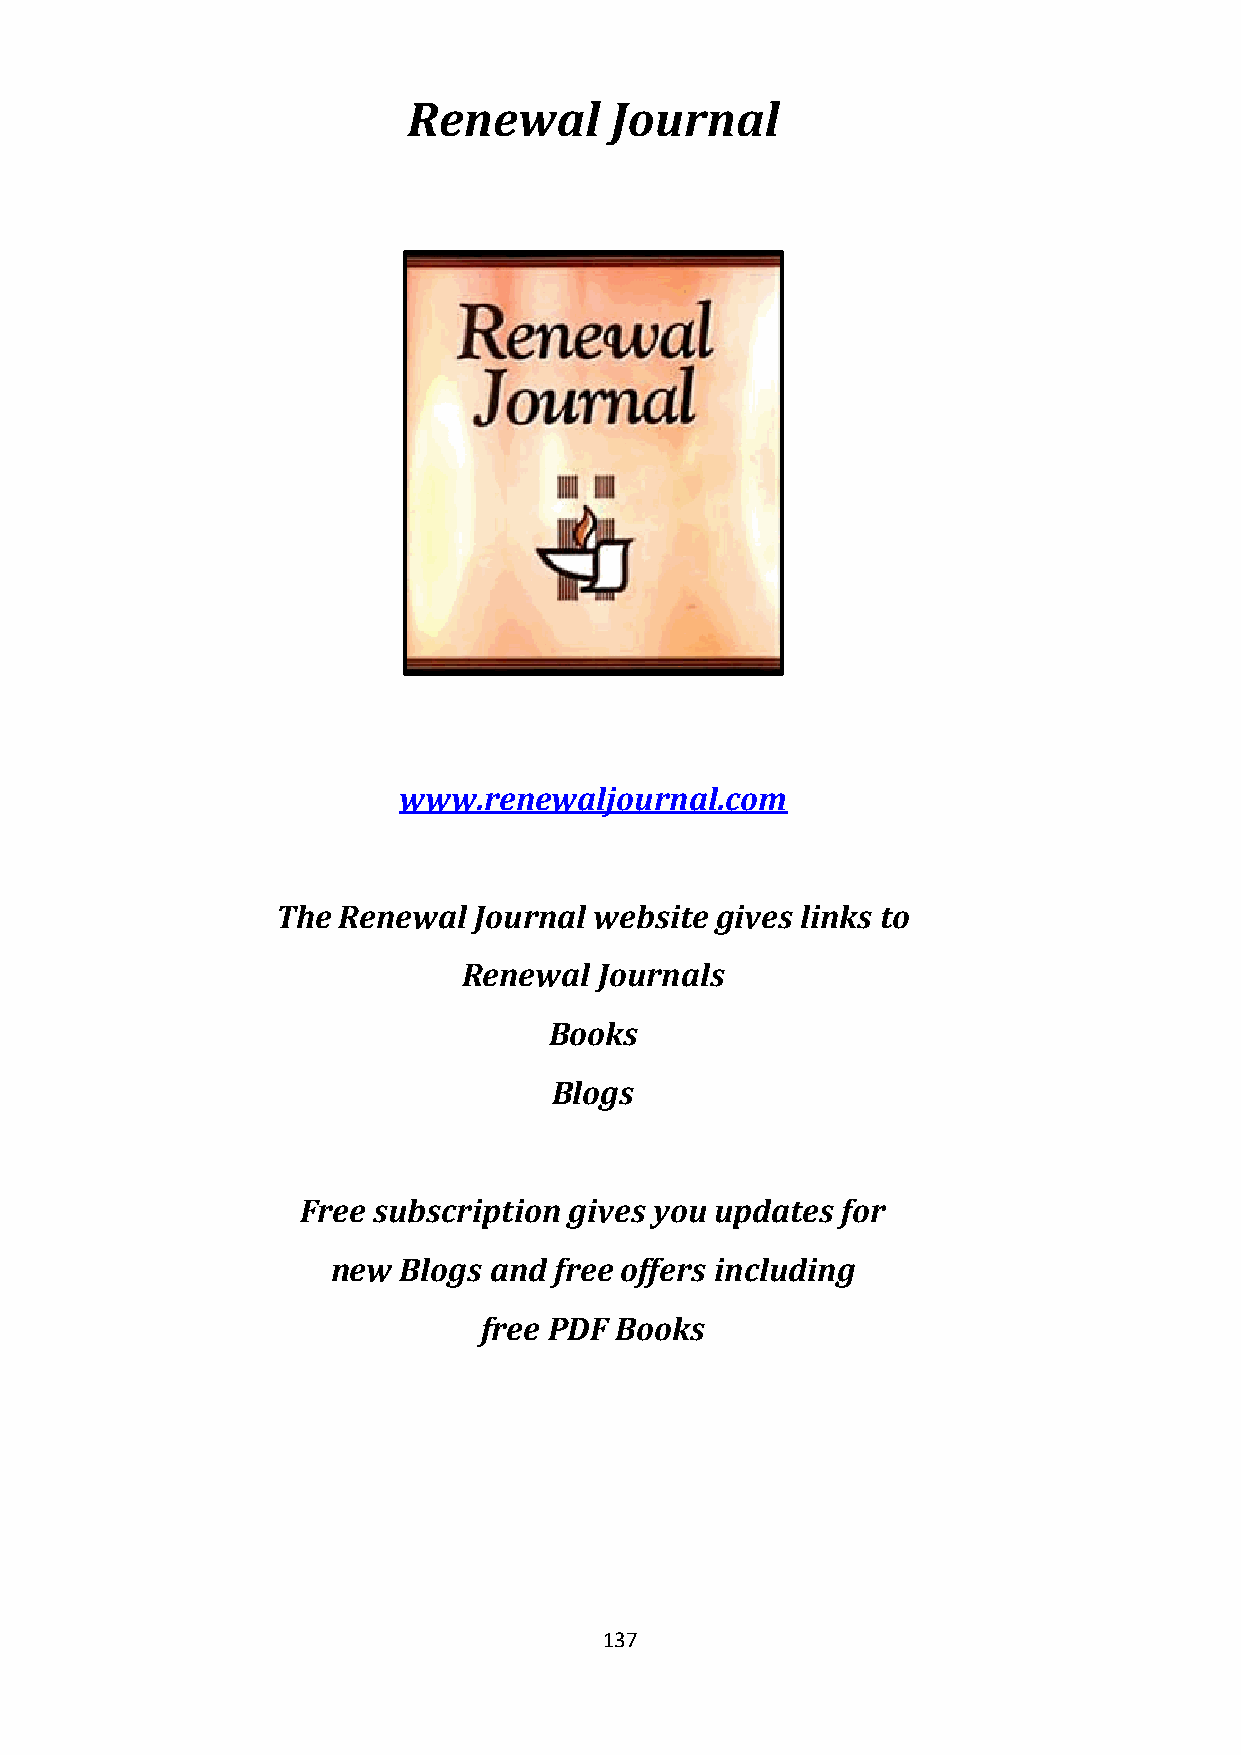
Renewal      Journal
 www.renewaljournal.com
 The Renewal  Journal website gives links to
 Renewal  Journals
 Books
 Blogs
 Free subscription gives you updates for
 new Blogs and  free offers including
 free PDF Books
                    
 137